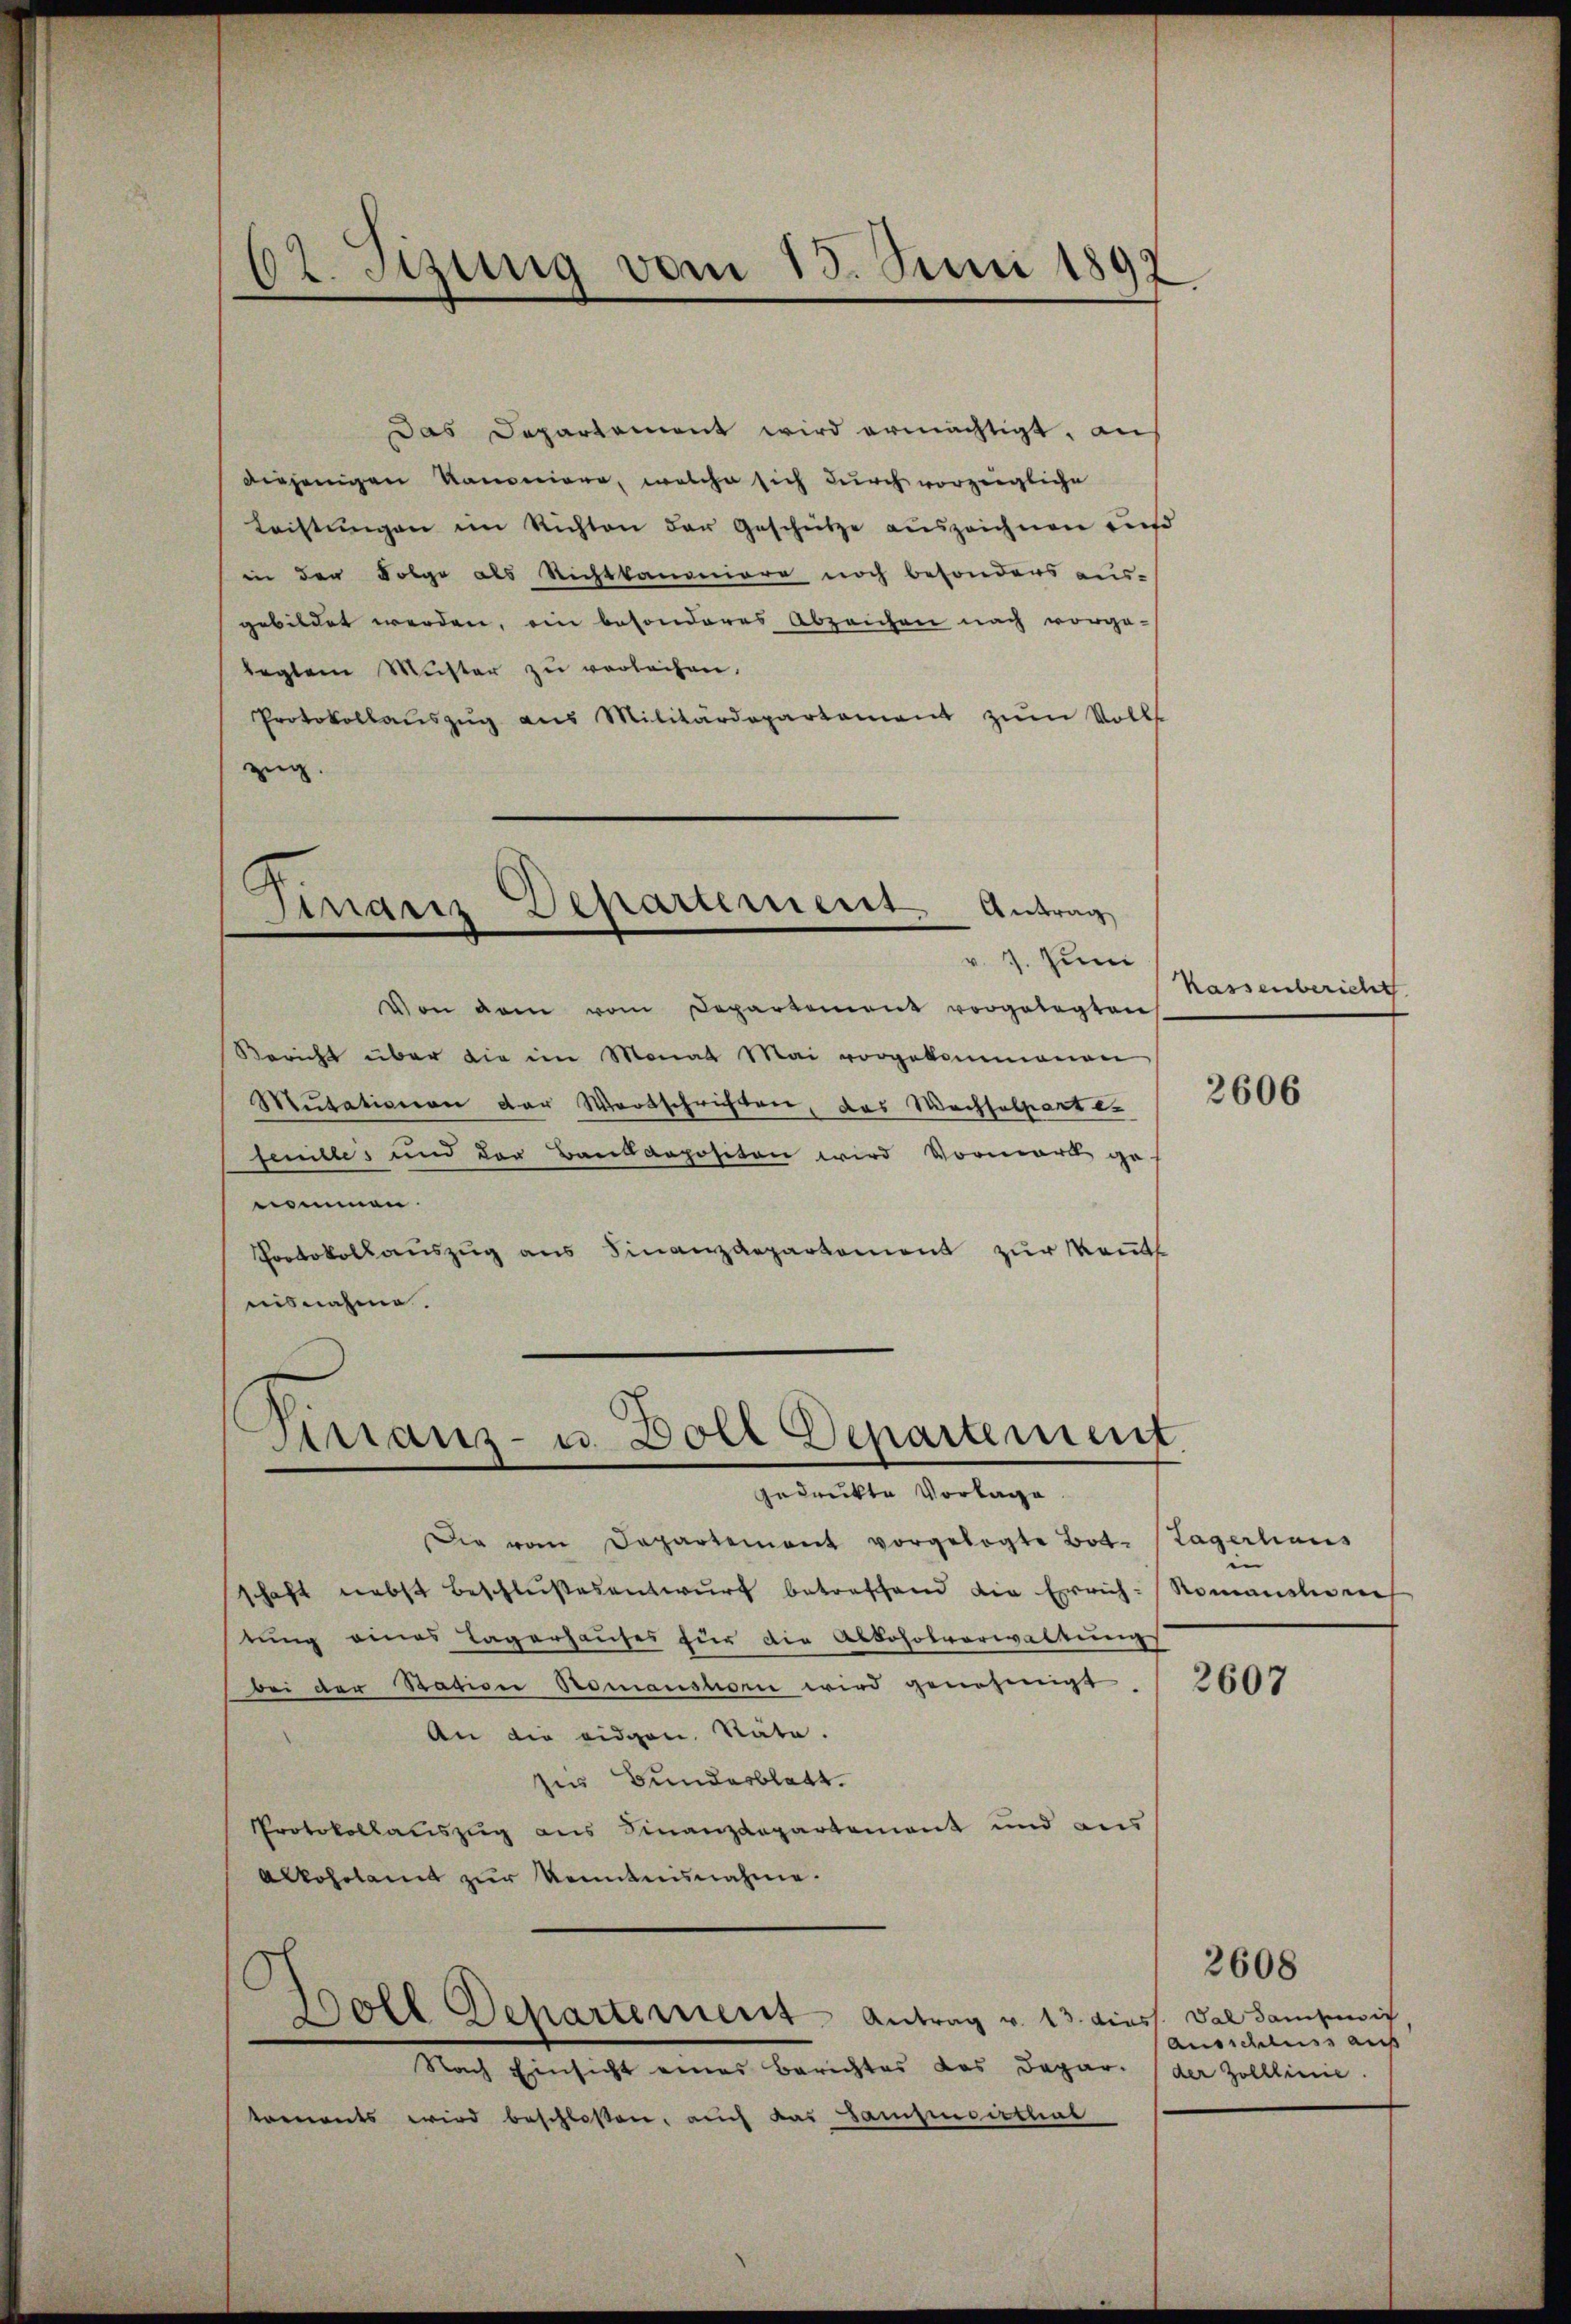
Dr. Sizung vom 15. Juni 1897

C
Finanz Departement. Antrag

Das Departement wird ermächtigt, aus
diejenigen Kanoniere, welche sich durch vorzeigliche
Leistŭngen im Richten der Geschütze auszeichnen ausd
in der Folge als Richtkanoniore noch besonders ausgebildet werden, ein besonderes Abzeichen nach vorge-
legtem Muster zu verleihen.
Protokollaŭszŭg aŭs Militärdepartement zŭm Volls
zug.

v. 7. Juni
Von dem vom Departement vorgelegten
Bericht über die im Monat Mai vorgekommenen
Mutationen der Wortschriften, das Wachselpertes
senilles und der Baukaopositen wird Vormark genommen.
Protokollauszug aus Finanzdepartement zur Kennt
nisnahme.
Die vom Departement vorgelegte Bot. (Lagerhaus
schaft nebst beschlŭβesentwŭrf betreffend die Errich-Romanstigen
stung eines Lagerhauses für die Abboholverwaltungs
bei der Bation Romanstorii wird genehmigt,
An die eidgen. Stäte.
zir Bundesblatt.
Protokollauszug aus Finanzdepartement und aus
Alkoholamt zŭr Kenntnisnahme.
C
Boll Departement Antrag v. 13. diess. Das dampnis
Nach Einsicht eines Berichtes das Depar- der Zolllinie.
toments wird beschloßen, auch das Sampensisthub

Firraus- u. Doll Departement

Kassenbericht

2606

2607

2608
Ausschluss auf